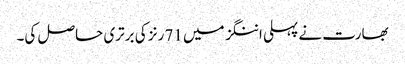
بھارت نے پہلی اننگز میں 71 رنز کی برتری حاصل کی۔